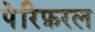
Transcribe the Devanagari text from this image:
पेरिफ़रल